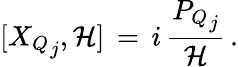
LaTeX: [{X_{Q}}_{j},{\cal H}]\, =\, i\, \frac{{P_{Q}}_{j}}{\cal H}\, .